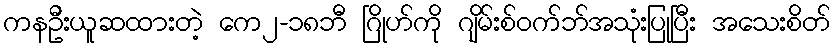
ကနဦးယူဆထားတဲ့ ကေ၂-၁၈ဘီ ဂြိုဟ်ကို ဂျိမ်းစ်ဝက်ဘ်အသုံးပြုပြီး အသေးစိတ်